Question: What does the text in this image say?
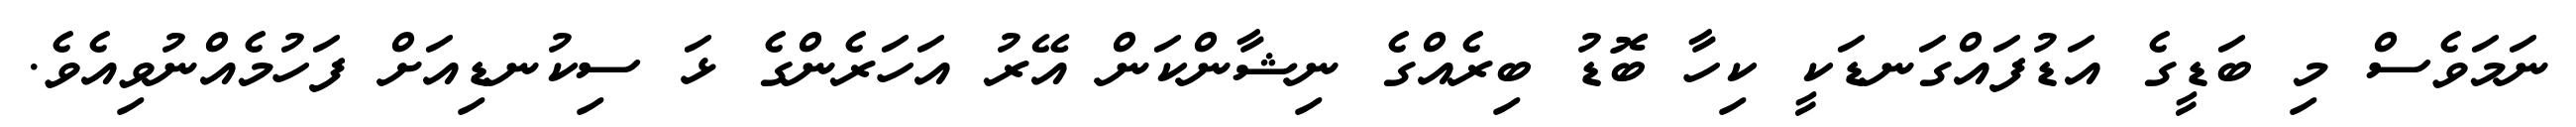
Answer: ނަމަވެސް މި ބަޑީގެ އަޑުފައްގަނޑަކީ ކިހާ ބޮޑު ބިރެއްގެ ނިޝާންކަން އޭރު އަހަރެންގެ ޅަ ސިކުނޑިއަށް ފަހުމެއްނުވިއެވެ.